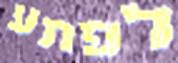
לפתע